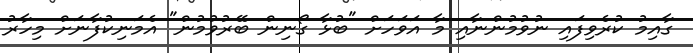
ގާއިމު ކުރެވިފައި ނުވުމުންނާއި މާ އަވަހަށް "ބުޅާ ގޯނިން ބޭރުވުމުން" އެމަނިކުފާނަށް މިހާރު